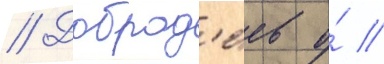
// Доброд'еев о́ //